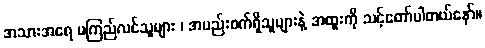
အသားအရေ မကြည်လင်သူများ ၊ အမည်းစက်ရှိသူများနဲ့ အထူးကို သင့်တော်ပါတယ်နော်။